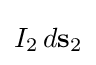
I_{2}\,d\mathbf {s} _{2}